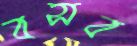
বসব